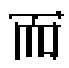
```latex
\begin{array}{|l|}
\hline\\
\hline\\
\hline\\
\hline
\end{array}
```